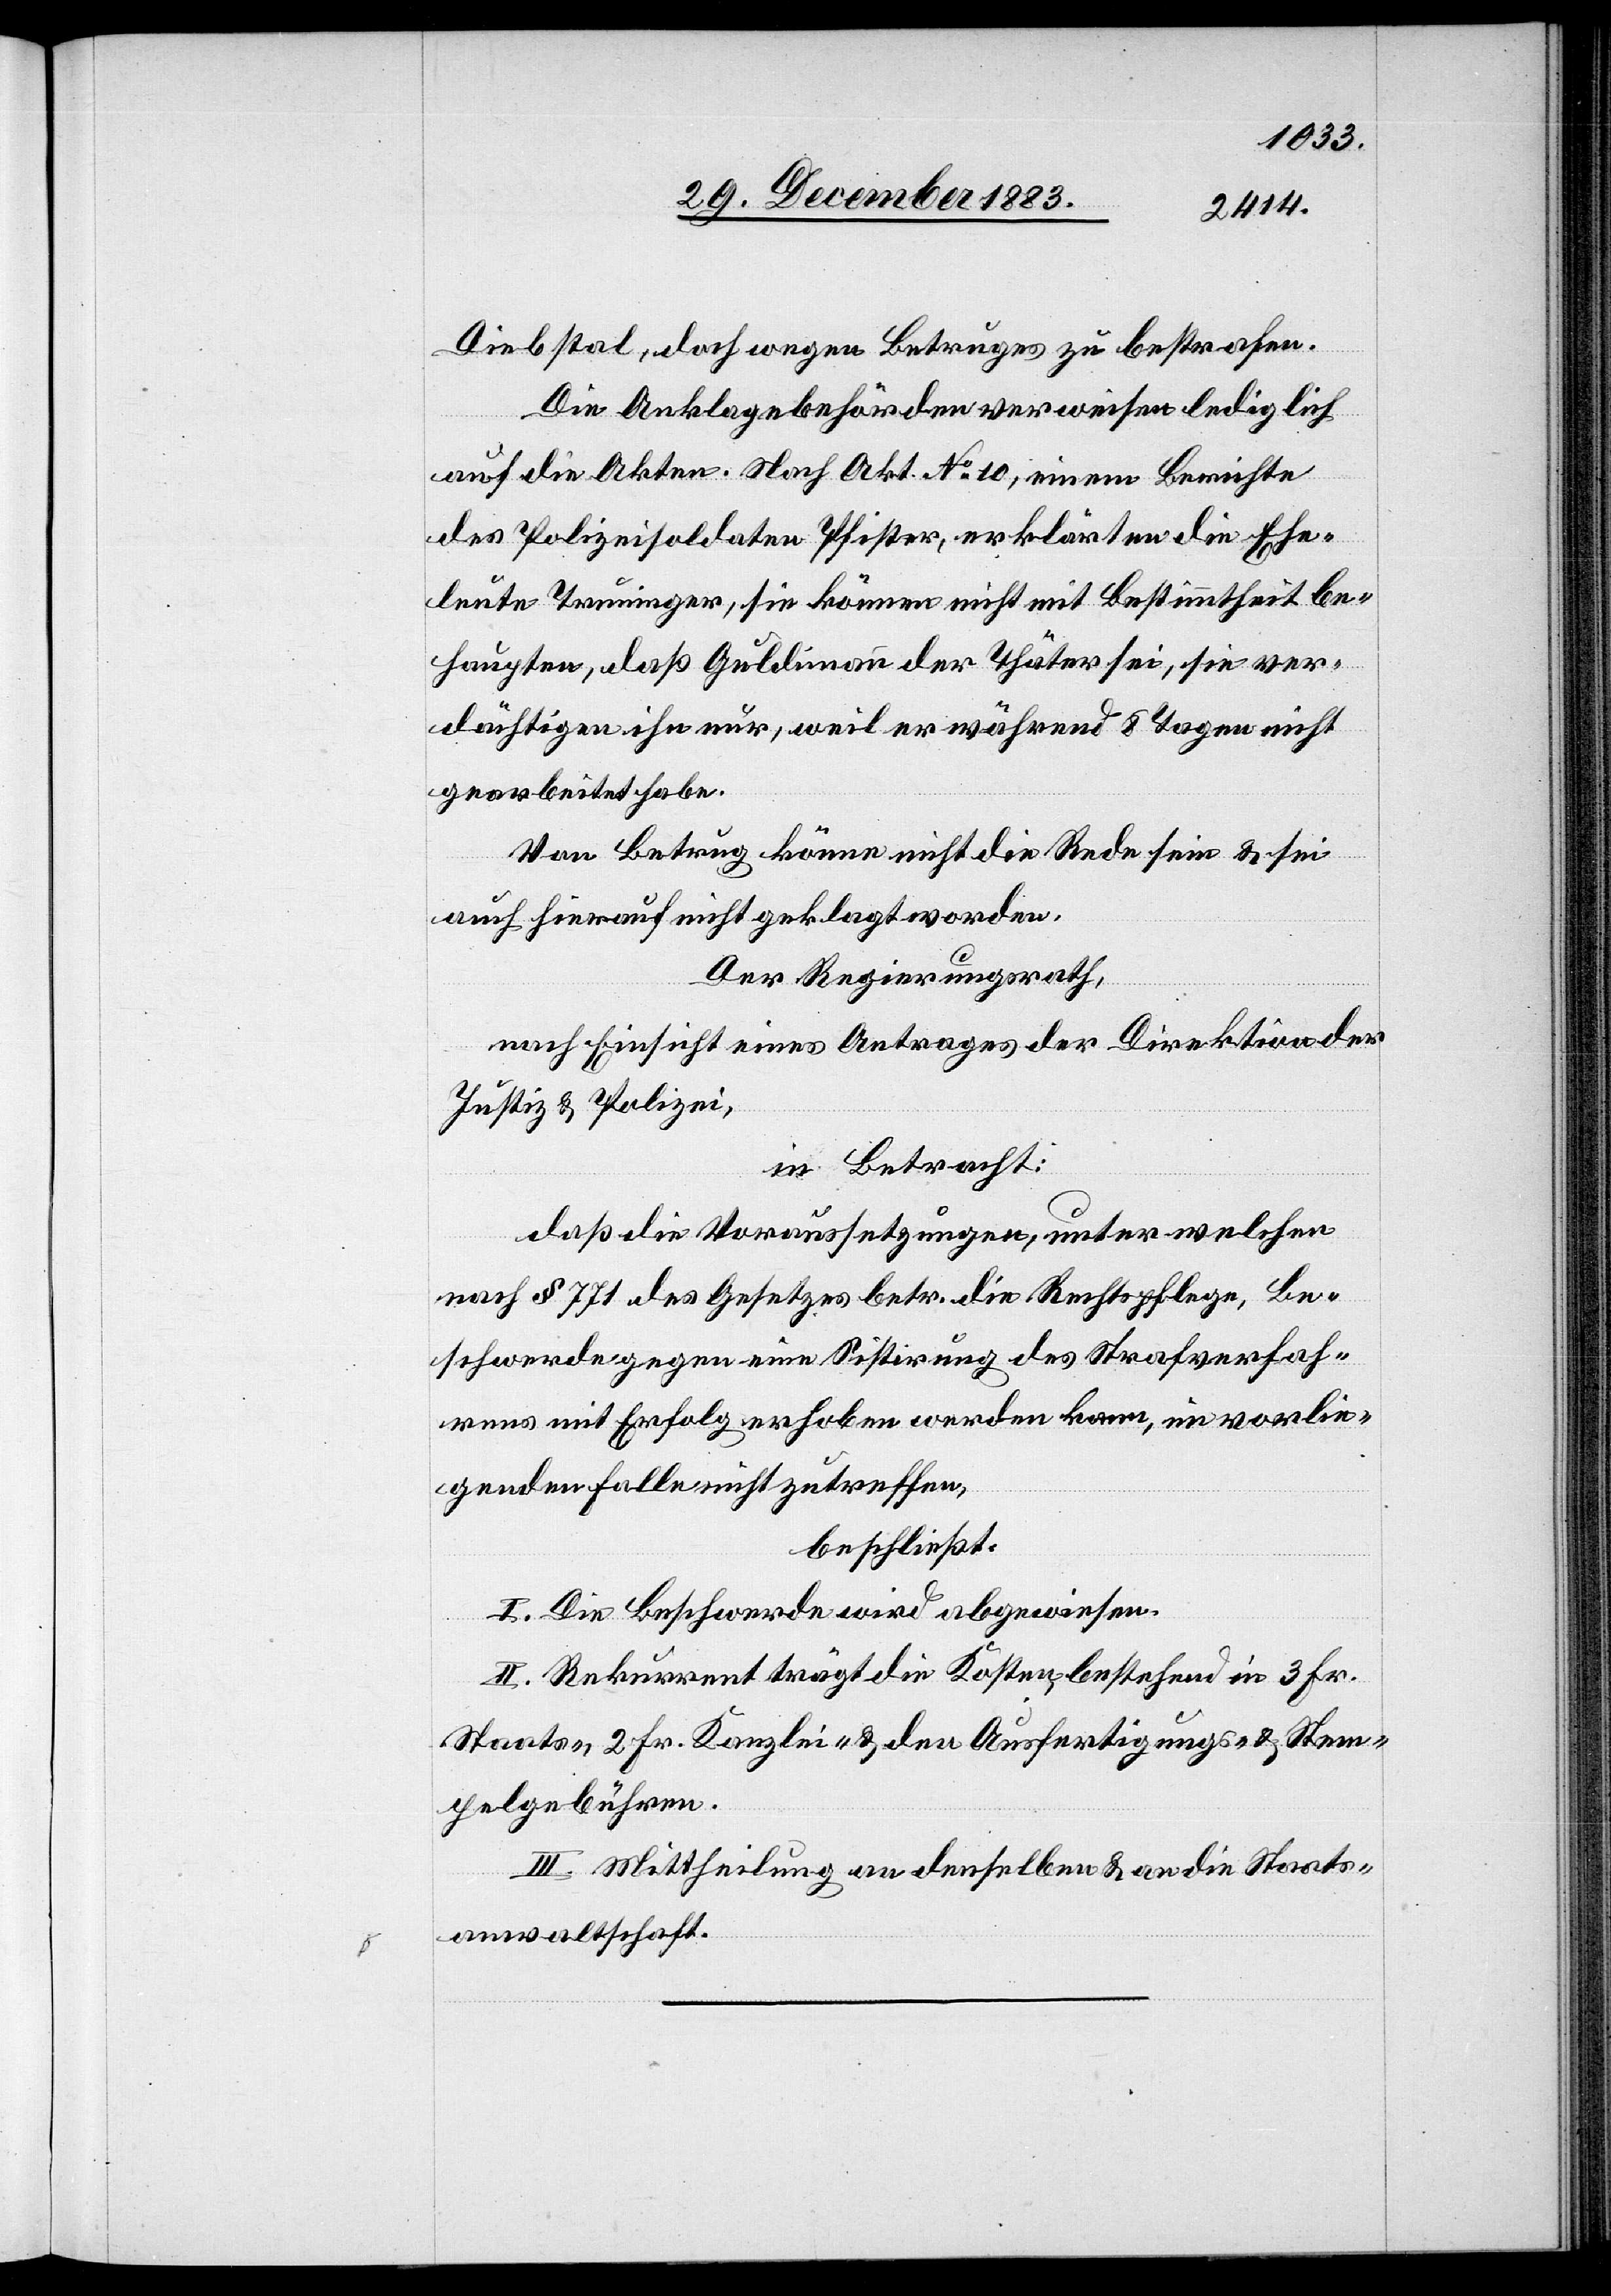
Diebstal, doch wegen Betruges zu bestrafen.
Die Anklagebehörden verweisen lediglich
auf die Akten. Nach Akt. No 10, einem Berichte
des Polizeisoldaten Pfister, erklärten die Ehe¬
leute Truninger, sie können nicht mit Bestimmtheit be¬
haupten, daß Guldimann der Thäter sei, sie ver¬
dächtigen ihn nur, weil er während 8 Tagen nicht
gearbeitet habe.
Von Betrug könne nicht die Rede sein & sei
auch hierauf nicht geklagt worden.
Der Regierungsrath,
nach Einsicht eines Antrages der Direktion der
Justiz & Polizei,
in Betracht:
daß die Voraussetzungen, unter welchen
nach § 771 des Gesetzes betr. die Rechtspflege, Be¬
schwerde gegen eine Sistirung des Strafverfah¬
rens mit Erfolg erhoben werden kann, im vorlie¬
genden Falle nicht zutreffen,
beschließt:
I. Die Beschwerde wird abgewiesen.
II. Rekurrent trägt die Kosten bestehend in 3 Fr.
Staats-, 2 Fr. Kanzlei- & den Ausfertigungs- & Stem¬
pelgebühren.
III. Mittheilung an denselben & an die Staats¬
anwaltschaft.